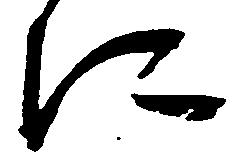
に